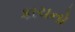
કાચનો